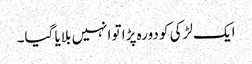
ایک لڑکی کو دورہ پڑا تو انہیں بلایا گیا۔